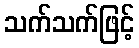
သက်သက်ဖြင့်